Papers set at the Examination for Leaving Certificates, 1893
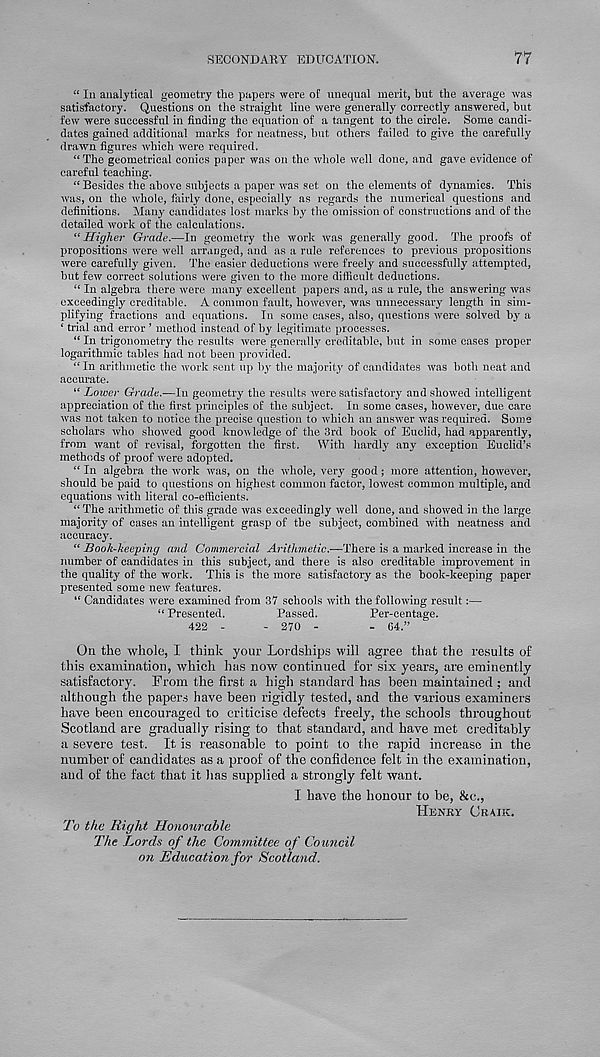
SECONDARY EDUCATION.
77
“ In analytical geometry the papers were of unequal merit, but the average was
satisfactory. Questions on the straight line were generally correctly answered, hut
few were successful in finding the equation of a tangent to the circle. Some candi-
dates gained additional marks for neatness, hut others failed to give the carefully
drawn figures which were required.
“The geometrical conics paper was on the whole well done, and gave evidence of
careful teaching.
“Besides the above subjects a paper was set on the elements of dynamics. This
was, on the whole, fairly done, especially as regards the numerical questions and
definitions. Many candidates lost marks by the omission of constructions and of the
detailed work of the calculations.
“ Higher Grade.—In geometry the work was generally good. The proofs of
propositions were well arranged, and as a rule references to previous propositions
were carefully given. The easier deductions were freely and successfully attempted,
but few correct solutions were given to the more difficult deductions.
“ In algebra there were many excellent papers and, as a rule, the answering was
exceedingly creditable. A common fault, however, was unnecessary length in sim-
plifying fractions and equations. In some cases, also, questions were solved by a
‘ trial and error ’ method instead of by legitimate processes.
“ In trigonometry the results were generally creditable, but in some cases proper
logarithmic tables had not been provided.
“ In arithmetic the work sent up by the majority of candidates was both neat and
accurate.
“ Lower Grade.—In geometry the results were satisfactory and showed intelligent
appreciation of the first principles of the subject. In some cases, however, due care
was not taken to notice the precise question to which an answer was required. Some
scholars who showed good knowledge of the 3rd book of Euclid, had apparently,
from want of revisal, forgotten the first. With hardly any exception Euclid’s
methods of proof were adopted.
“ In algebra the work was, on the whole, very good; more attention, however,
should be paid to questions on highest common factor, lowest common multiple, and
equations with literal co-efficients.
“ The arithmetic of this grade was exceedingly well done, and show'ed in the large
majority of cases an intelligent grasp of the subject, combined with neatness and
accuracy.
“ Book-keeping and Commercial Arithmetic.—There is a marked increase in the
number of candidates in this subject, and theie is also creditable improvement in
the quality of the work. This is the more satisfactory as the book-keeping paper
presented some new features.
“ Candidates were examined from 37 schools with the following result:—
“ Presented.
Passed.
Per-eentage.
422 -
- 270 -
- 64.”
On the whole, I think your Lordships will agree that the results of
this examination, which has now continued for six years, are eminently
satisfactory. From the first a high standard has been maintained ; and
although the papers have been rigidly tested, and the various examiners
have been encouraged to criticise defects freely, the schools throughout
Scotland are gradually rising to that standard, and have met creditably
a severe test. It is reasonable to point to the rapid increase in the
number of candidates as a proof of the confidence felt in the examination,
and of the fact that it lias supplied a strongly felt want,
I have the honour to be, &e.,
Henry Craik.
'To the Right Honourable
The Lords of the Committee of Co uncil
on Education for Scotland.